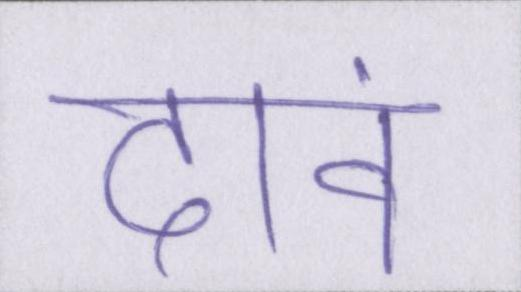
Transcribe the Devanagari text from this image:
दावं